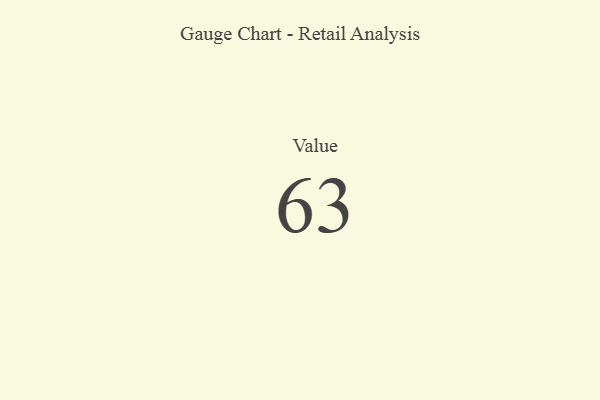
{"axis": {"x": "Metric", "y": "Value"}, "legend": [""], "data": [{"x": "Value", "y": 63, "type": ""}]}